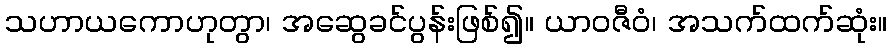
သဟာယကောဟုတွာ၊ အဆွေခင်ပွန်းဖြစ်၍။ ယာဝဇီဝံ၊ အသက်ထက်ဆုံး။